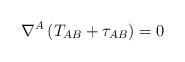
LaTeX: \begin{align*}\nabla^A\left( T_{AB} + \tau_{AB}\right) = 0\end{align*}